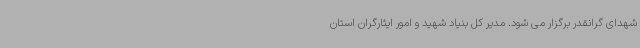
شهدای گرانقدر برگزار می شود. مدیر کل بنیاد شهید و امور ایثارگران استان